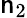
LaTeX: \mathsf{n}_{2}